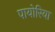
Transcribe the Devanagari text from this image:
पायोरिया